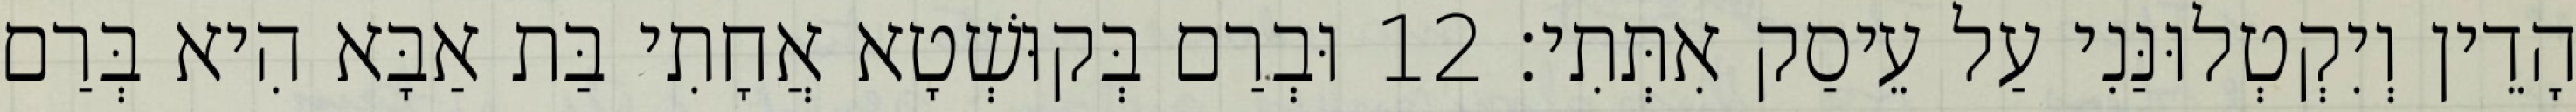
הָדֵין וְיִקְטְלוּנַּנִי עַל עֵיסַק אִתְּתִי׃ 12 וּבְרַם בְּקוּשְׁטָא אֲחָתִי בַּת אַבָּא הִיא בְּרַם